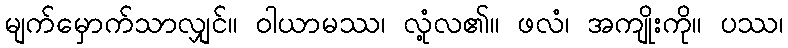
မျက်မှောက်သာလျှင်။ ဝါယာမဿ၊ လုံ့လ၏။ ဖလံ၊ အကျိုးကို။ ပဿ၊